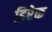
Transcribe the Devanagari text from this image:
डिरेक